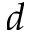
d